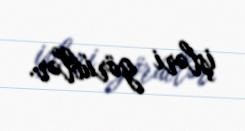
işləri görüblər.